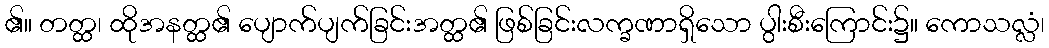
၏။ တတ္ထ၊ ထိုအနတ္ထ၏ ပျောက်ပျက်ခြင်းအတ္ထ၏ ဖြစ်ခြင်းလက္ခဏာရှိသော ပွါးစီးကြောင်း၌။ ကောသလ္လံ၊